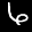
Label: 6